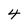
Character: 4